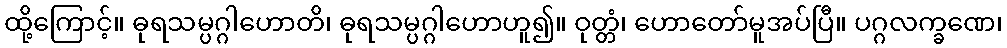
ထို့ကြောင့်။ ဓုရသမ္ပဂ္ဂါဟောတိ၊ ဓုရသမ္ပဂ္ဂါဟောဟူ၍။ ဝုတ္တံ၊ ဟောတော်မူအပ်ပြီ။ ပဂ္ဂလက္ခဏေ၊